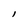
Character: l